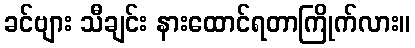
ခင်ဗျား သီချင်း နားထောင်ရတာကြိုက်လား။